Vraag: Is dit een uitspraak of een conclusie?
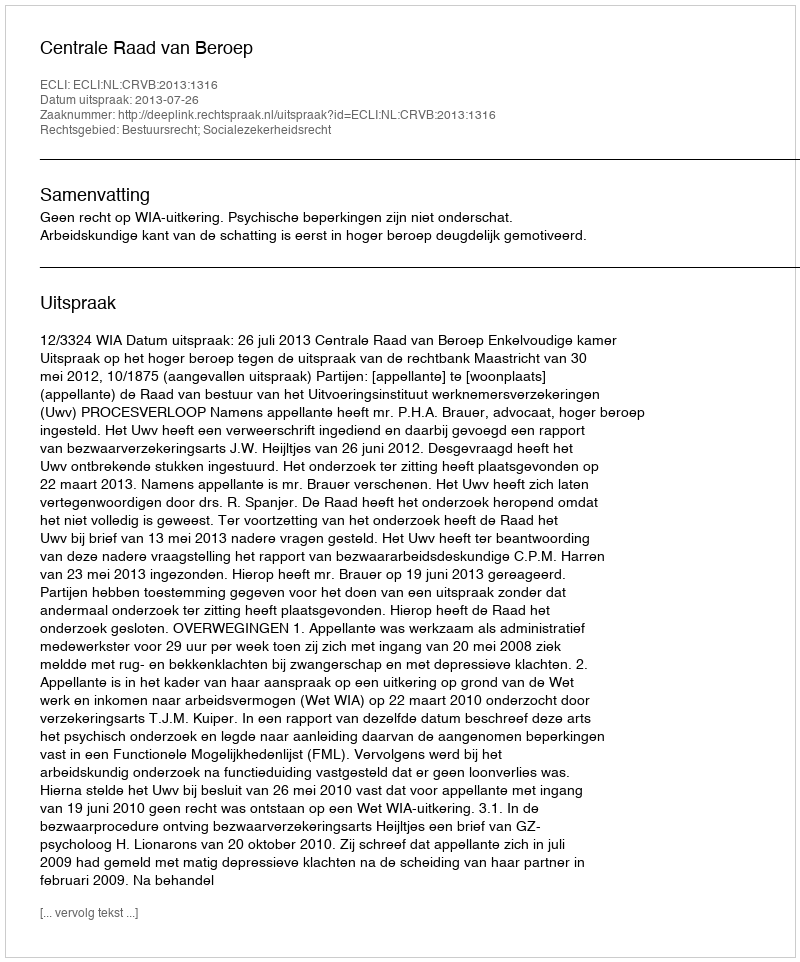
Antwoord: Uitspraak